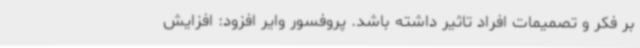
بر فکر و تصمیمات افراد تاثیر داشته باشد. پروفسور وایر افزود: افزایش